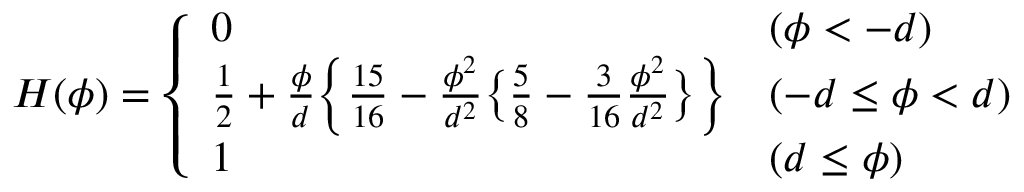
H ( \phi ) = \left\{ \begin{array} { l l } { 0 } & { ( \phi < - d ) } \\ { \frac { 1 } { 2 } + \frac { \phi } { d } \Bigl \{ \frac { 1 5 } { 1 6 } - \frac { \phi ^ { 2 } } { d ^ { 2 } } \bigl \{ \frac { 5 } { 8 } - \frac { 3 } { 1 6 } \frac { \phi ^ { 2 } } { d ^ { 2 } } \bigr \} \Bigr \} } & { ( - d \leq \phi < d ) } \\ { 1 } & { ( d \leq \phi ) } \end{array} \right.